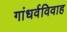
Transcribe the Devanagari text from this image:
गांधर्वविवाह